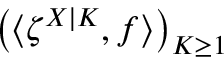
\left( \langle \zeta ^ { X | K } , f \rangle \right) _ { K \geq 1 }